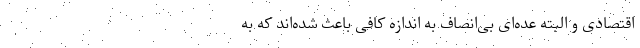
اقتصادی و البته عده‌ای بی‌انصاف به اندازه کافی باعث شده‌اند که به